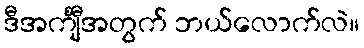
ဒီအင်္ကျီအတွက် ဘယ်လောက်လဲ။